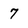
Character: 7